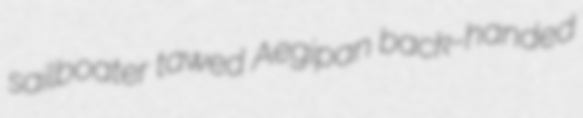
sailboater tawed Aegipan back-handed